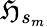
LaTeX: \mathfrak{H}_{s_{m}}